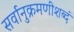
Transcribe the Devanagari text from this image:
सर्वानुक्रमणीशब्दं